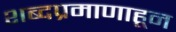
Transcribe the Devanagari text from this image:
शब्दप्रमाणाहून